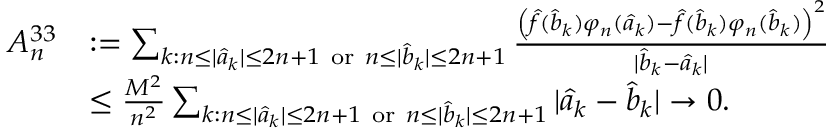
\begin{array} { r l } { A _ { n } ^ { 3 3 } } & { : = \sum _ { k : n \leq | \widehat { a } _ { k } | \leq 2 n + 1 \mathrm { ~ o r ~ } n \leq | \widehat { b } _ { k } | \leq 2 n + 1 } \frac { \left( \widehat { f } ( \widehat { b } _ { k } ) \varphi _ { n } ( \widehat { a } _ { k } ) - \widehat { f } ( \widehat { b } _ { k } ) \varphi _ { n } ( \widehat { b } _ { k } ) \right) ^ { 2 } } { | \widehat { b } _ { k } - \widehat { a } _ { k } | } } \\ & { \leq \frac { M ^ { 2 } } { n ^ { 2 } } \sum _ { k : n \leq | \widehat { a } _ { k } | \leq 2 n + 1 \mathrm { ~ o r ~ } n \leq | \widehat { b } _ { k } | \leq 2 n + 1 } | \widehat { a } _ { k } - \widehat { b } _ { k } | \rightarrow 0 . } \end{array}